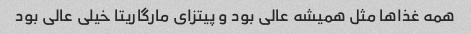
همه غذاها مثل همیشه عالی بود و پیتزای مارگاریتا خیلی عالی بود